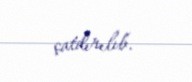
çatdırılıb.